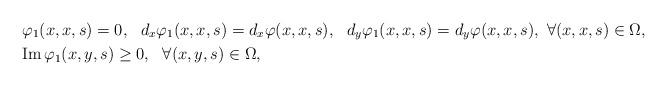
LaTeX: \begin{align*} &\varphi_1(x, x,s)=0,\ \ d_x\varphi_1(x, x,s)=d_x\varphi(x, x,s),\ \ d_y\varphi_1(x, x,s)=d_y\varphi(x, x,s),\ \forall (x,x,s)\in\Omega,\\&{\rm Im\,}\varphi_1(x,y,s)\geq0,\ \ \forall (x,y,s)\in\Omega,\end{align*}